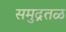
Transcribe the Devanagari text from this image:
समुद्रतळ